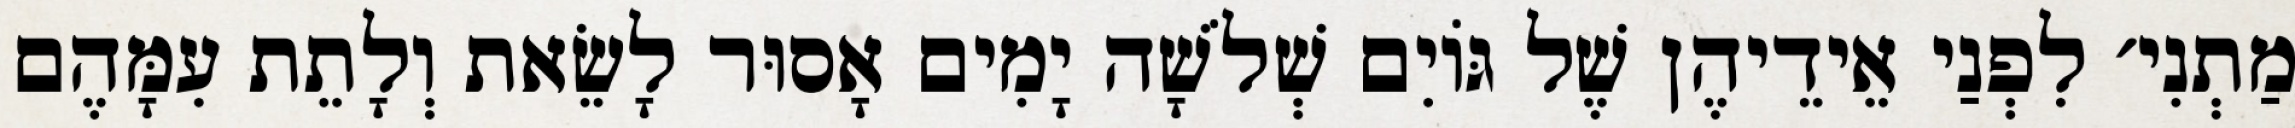
מַתְנִי׳ לִפְנַי אֵידֵיהֶן שֶׁל גּוֹיִם שְׁלֹשָׁה יָמִים אָסוּר לָשֵׂאת וְלָתֵת עִמָּהֶם